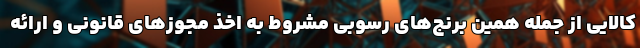
کالایی از جمله همین برنج‌های رسوبی مشروط به اخذ مجوزهای قانونی و ارائه